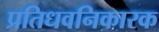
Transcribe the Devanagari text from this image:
प्रतिधवनिकारक